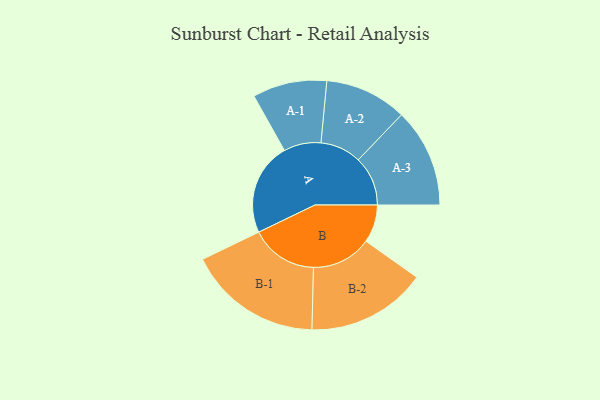
{"axis": {"x": "Segment", "y": "Value"}, "legend": ["", "A", "B"], "data": [{"x": "A", "y": 406, "type": ""}, {"x": "B", "y": 166, "type": ""}, {"x": "A-1", "y": 163, "type": "A"}, {"x": "A-2", "y": 180, "type": "A"}, {"x": "A-3", "y": 217, "type": "A"}, {"x": "B-1", "y": 295, "type": "B"}, {"x": "B-2", "y": 263, "type": "B"}]}